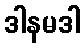
ဒါနမဒါ